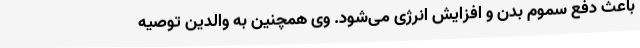
باعث دفع سموم بدن و افزایش انرژی می‌شود. وی همچنین به والدین توصیه